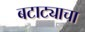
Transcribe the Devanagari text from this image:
बटाट्याचा